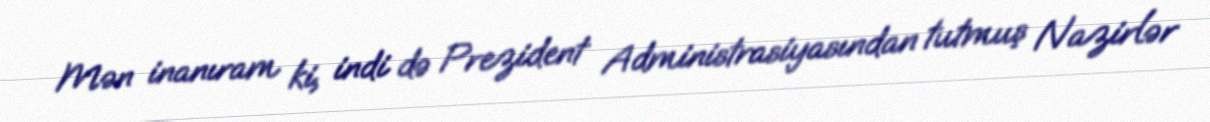
Mən inanıram ki, indi də Prezident Administrasiyasından tutmuş Nazirlər